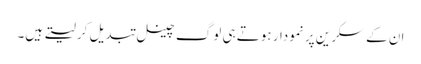
ان کے سکرین پر نمودار ہوتے ہی لوگ چینل تبدیل کر لیتے ہیں۔